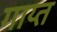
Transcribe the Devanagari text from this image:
गाय्त